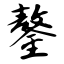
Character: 鏊